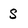
Character: s